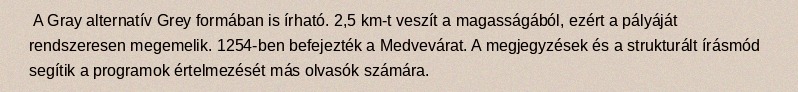
A Gray alternatív Grey formában is írható. 2,5 km-t veszít a magasságából, ezért a pályáját rendszeresen megemelik. 1254-ben befejezték a Medvevárat. A megjegyzések és a strukturált írásmód segítik a programok értelmezését más olvasók számára.